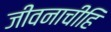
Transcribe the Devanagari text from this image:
जीवनाचीहि